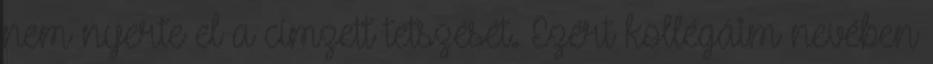
nem nyerte el a címzett tetszését. Ezért kollégáim nevében